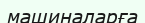
машиналарға